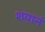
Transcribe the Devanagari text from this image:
शयानं